Annual report of the Imperial Bacteriologist
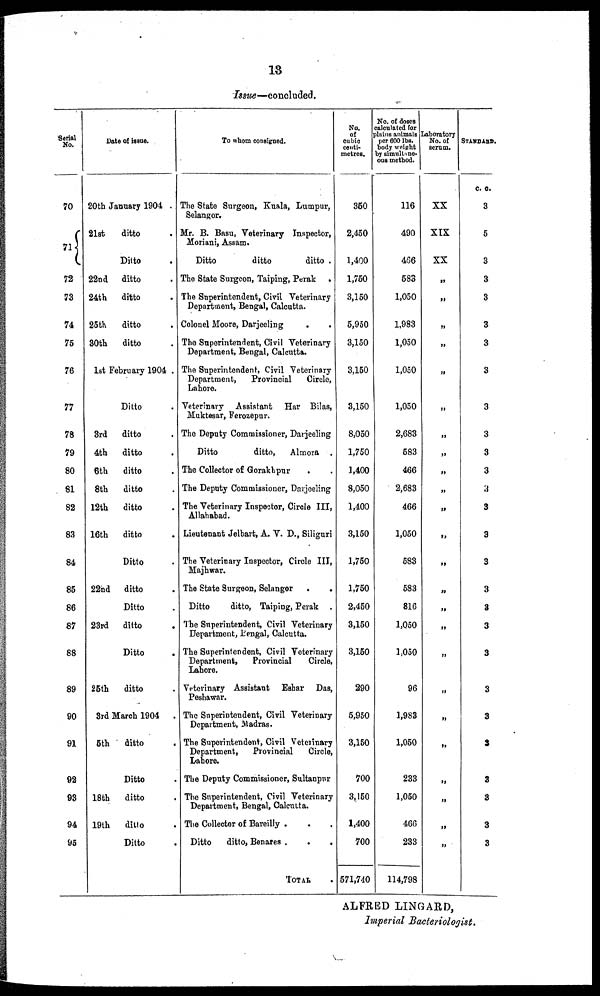
13
Issue—concluded.
Serial
No.
70
71{
72
73
74
75
76
77
78
79
80
81
82
83
84
85
86
87
88
89
90
91
92
93
94
95
Date of issue.
20th January 1904 .
21st
22nd
24th
25th
30th
ditto
Ditto
ditto
ditto
ditto
ditto
1st February 1904 .
3rd
4th
6th
8th
12th
16th
22nd
23rd
25th
Ditto
ditto
ditto
ditto
ditto
ditto
ditto
Ditto
ditto
Ditto
ditto
Ditto
ditto
3rd March 1904 .
5th
18th
19th
ditto
.
Ditto
ditto
ditto
Ditto
To whom consigned.
The State Surgeon, Kuala, Lumpur,
Selangor.
Mr. B. Basu, Veterinary Inspector,
Moriani, Assam.
Ditto
ditto
ditto .
The State Surgeon, Taiping, Perak .
The Superintendent, Civil Veterinary
Department, Bengal, Calcutta.
Colonel Moore, Darjeeling
The Superintendent, Civil Veterinary
Department, Bengal, Calcutta.
The Superintendent, Civil Veterinary
Department,
Provincial
Circle,
Lahore.
Veterinary Assistant Har Bilas,
Muktesar, Ferozepur.
The Deputy Commissioner, Darjeeling
Ditto
ditto,
Almora .
The Collector of Gorakhpur
The Deputy Commissioner, Darjeeling
The Veterinary Inspector, Circle III,
Allahabad.
Lieutenant Jelbart, A. V. D., Siliguri
The Veterinary Inspector, Circle III,
Majhwar.
The State Surgeon, Selangor
Ditto
ditto, Taiping, Perak .
The Superintendent, Civil Veterinary
Department, Bengal, Calcutta.
The Superintendent, Civil Veterinary
Department,
Provincial
Circle,
Lahore.
Veterinary Assistant Eshar Das,
Peshawar.
The Superintendent, Civil Veterinary
Department, Madras.
The Superintendent, Civil Veterinary
Department,
Provincial
Circle,
Lahore.
The Deputy Commissioner, Sultanpur
The Superintendent, Civil Veterinary
Department, Bengal, Calcutta.
The Collector of Bareilly .
Ditto
ditto, Benares .
TOTAL
No.
of
cubic
centi-
metres.
350
2,450
1,400
1,750
3,150
5,950
3,150
3,150
3,150
8,050
1,750
1,400
8,050
1,400
3,150
1,750
1,750
2,450
3,150
3,150
290
5,950
3,150
700
3,150
1,400
700
571,740
No. of doses
calculated for
plains animals
per 600 lbs.
body weight
by simultane-
ous method.
116
490
466
583
1,050
1,983
1,050
1,050
1,050
2,683
583
466
2,683
466
1,050
583
583
816
1,050
1,050
96
1,983
1,050
233
1,050
466
233
114,798
Laboratory
No.of
serum.
XX
XIX
XX
„
„
„
„
„
„
„
„
„
„
„
„
„
„
„
„
„
„
„
„
„
„
„
„
STANDARD.
c. c.
3
5
3
3
3
3
3
3
3
3
3
3
3
3
3
3
3
3
3
3
3
3
3
3
3
3
3
ALFRED LINGARD,
Imperial Bacteriologist.